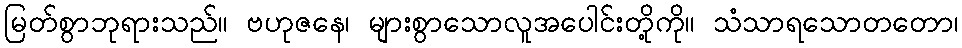
မြတ်စွာဘုရားသည်။ ဗဟုဇနေ၊ များစွာသောလူအပေါင်းတို့ကို။ သံသာရသောတတော၊